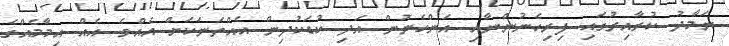
ނަމާދު ކުރާއިރުގައި ފިރިހެނުންނާއި އަންހެނުން އަދި ކުޑަކުދިން އެއްތަނަކަށް އެއްވެ އެއް އިމާމެއްގެ